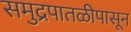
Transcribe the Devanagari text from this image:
समुद्रपातळीपासून